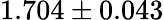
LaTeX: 1.704\pm 0.043